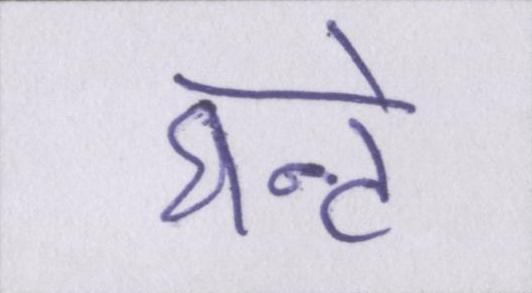
घन्टे